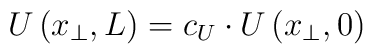
U\left(x_{\perp},L\right) = c_{U}\cdot U\left(x_{\perp},0\right)